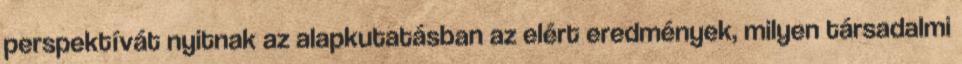
perspektívát nyitnak az alapkutatásban az elért eredmények, milyen társadalmi